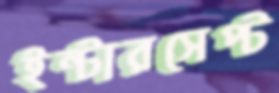
ইন্টারসেপ্ট